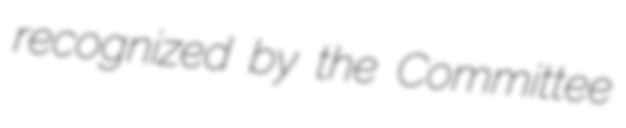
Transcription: recognized by the Committee